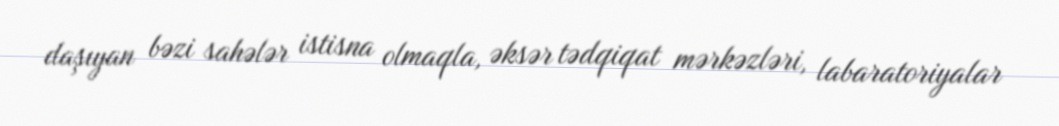
daşıyan bəzi sahələr istisna olmaqla, əksər tədqiqat mərkəzləri, labaratoriyalar